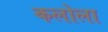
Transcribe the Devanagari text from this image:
कलोला